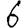
Digit: 6